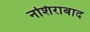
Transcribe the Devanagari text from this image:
नशिराबाद